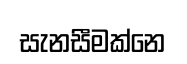
සැනසීමක්නෙ